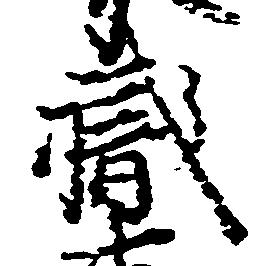
職